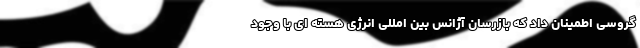
گروسی اطمینان داد که بازرسان آژانس بین امللی انرژی هسته ای با وجود